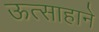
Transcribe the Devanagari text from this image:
ऊत्साहाने